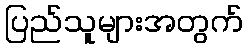
ပြည်သူများအတွက်